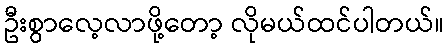
ဦးစွာလေ့လာဖို့တော့ လိုမယ်ထင်ပါတယ်။